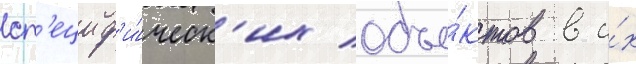
сп'ециф'и́ческ'их объе́ктов в и́х